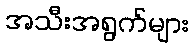
အသီးအရွက်များ